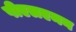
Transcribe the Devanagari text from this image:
पीएलएमन